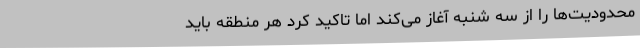
محدودیت‌ها را از سه شنبه آغاز می‌کند اما تاکید کرد هر منطقه باید